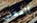
المعنى